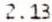
2.13